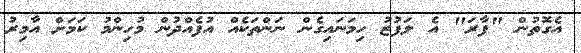
އެގޮތުން "ފާރަ" އެ ލަފުޒު ހިމަނައިގެން ނަންތަކެއް އުފެއްދުން މުހިންމު ކަމަށް އާމިރު